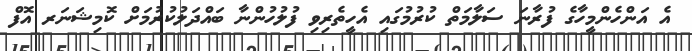
އެ އަންހެންމީހާގެ ފުރާނަ ސަލާމަތް ކުރުމުގައި އެހީތެރިވި ފުލުހުންނާ ބައްދަލުކުރުމަށް ކޮމިޝަނަރ އޮފް